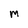
Character: M